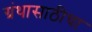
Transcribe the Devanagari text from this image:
ग्रंथासाठीचा